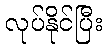
လုပ်နိုင်ပြီး